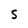
Character: S